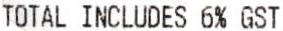
TOTAL INCLUDES 6% GST